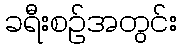
ခရီးစဉ်အတွင်း